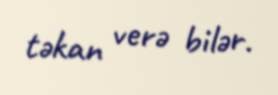
təkan verə bilər.